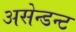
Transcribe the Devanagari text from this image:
असेन्डन्ट